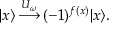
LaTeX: | x \rangle \, { \overset { U _ { \omega } } { \longrightarrow } } \, ( - 1 ) ^ { f ( x ) } | x \rangle .